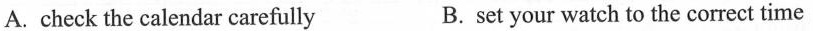
A. check the calendar carefully B.set your watch to the correct time